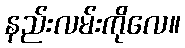
နည်းလမ်းကိုလေ။